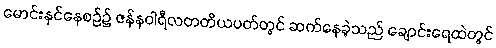
မောင်းနှင်နေစဉ်၌ ဇန်နဝါရီလတတိယပတ်တွင် ဆက်နေခဲ့သည် ချောင်းရေထဲတွင်